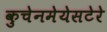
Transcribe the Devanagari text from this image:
कुचेनमेयेसटेरे